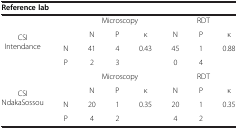
<table><thead><tr><td colspan="2"><b>Reference lab</b></td><td colspan="6"><b> </b></td></tr></thead><tbody><tr><td rowspan="4">CSI Intendance</td><td> </td><td colspan="3">Microscopy</td><td colspan="3">RDT</td></tr><tr><td> </td><td>N</td><td>P</td><td>κ</td><td>N</td><td>P</td><td>κ</td></tr><tr><td>N</td><td>41</td><td>4</td><td rowspan="2">0.43</td><td>45</td><td>1</td><td rowspan="2">0.88</td></tr><tr><td>P</td><td>2</td><td>3</td><td>0</td><td>4</td></tr><tr><td rowspan="4">CSI NdakaSossou</td><td> </td><td colspan="3">Microscopy</td><td colspan="3">RDT</td></tr><tr><td> </td><td>N</td><td>P</td><td>κ</td><td>N</td><td>P</td><td>κ</td></tr><tr><td>N</td><td>20</td><td>1</td><td rowspan="2">0.35</td><td>20</td><td>1</td><td rowspan="2">0.35</td></tr><tr><td>P</td><td>4</td><td>2</td><td>4</td><td>2</td></tr></tbody></table>